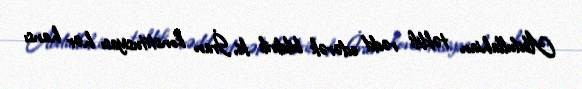
Abdullahian təklifi rədd edərək bildirib ki, İran konstitusiyası hər hansı